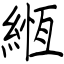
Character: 緪